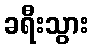
ခရီးသွား